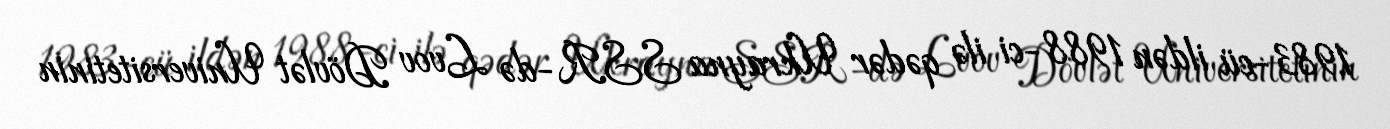
1983-cü ildən 1988-ci ilə qədər Ukrayna SSR-də Lvov Dövlət Universitetinin